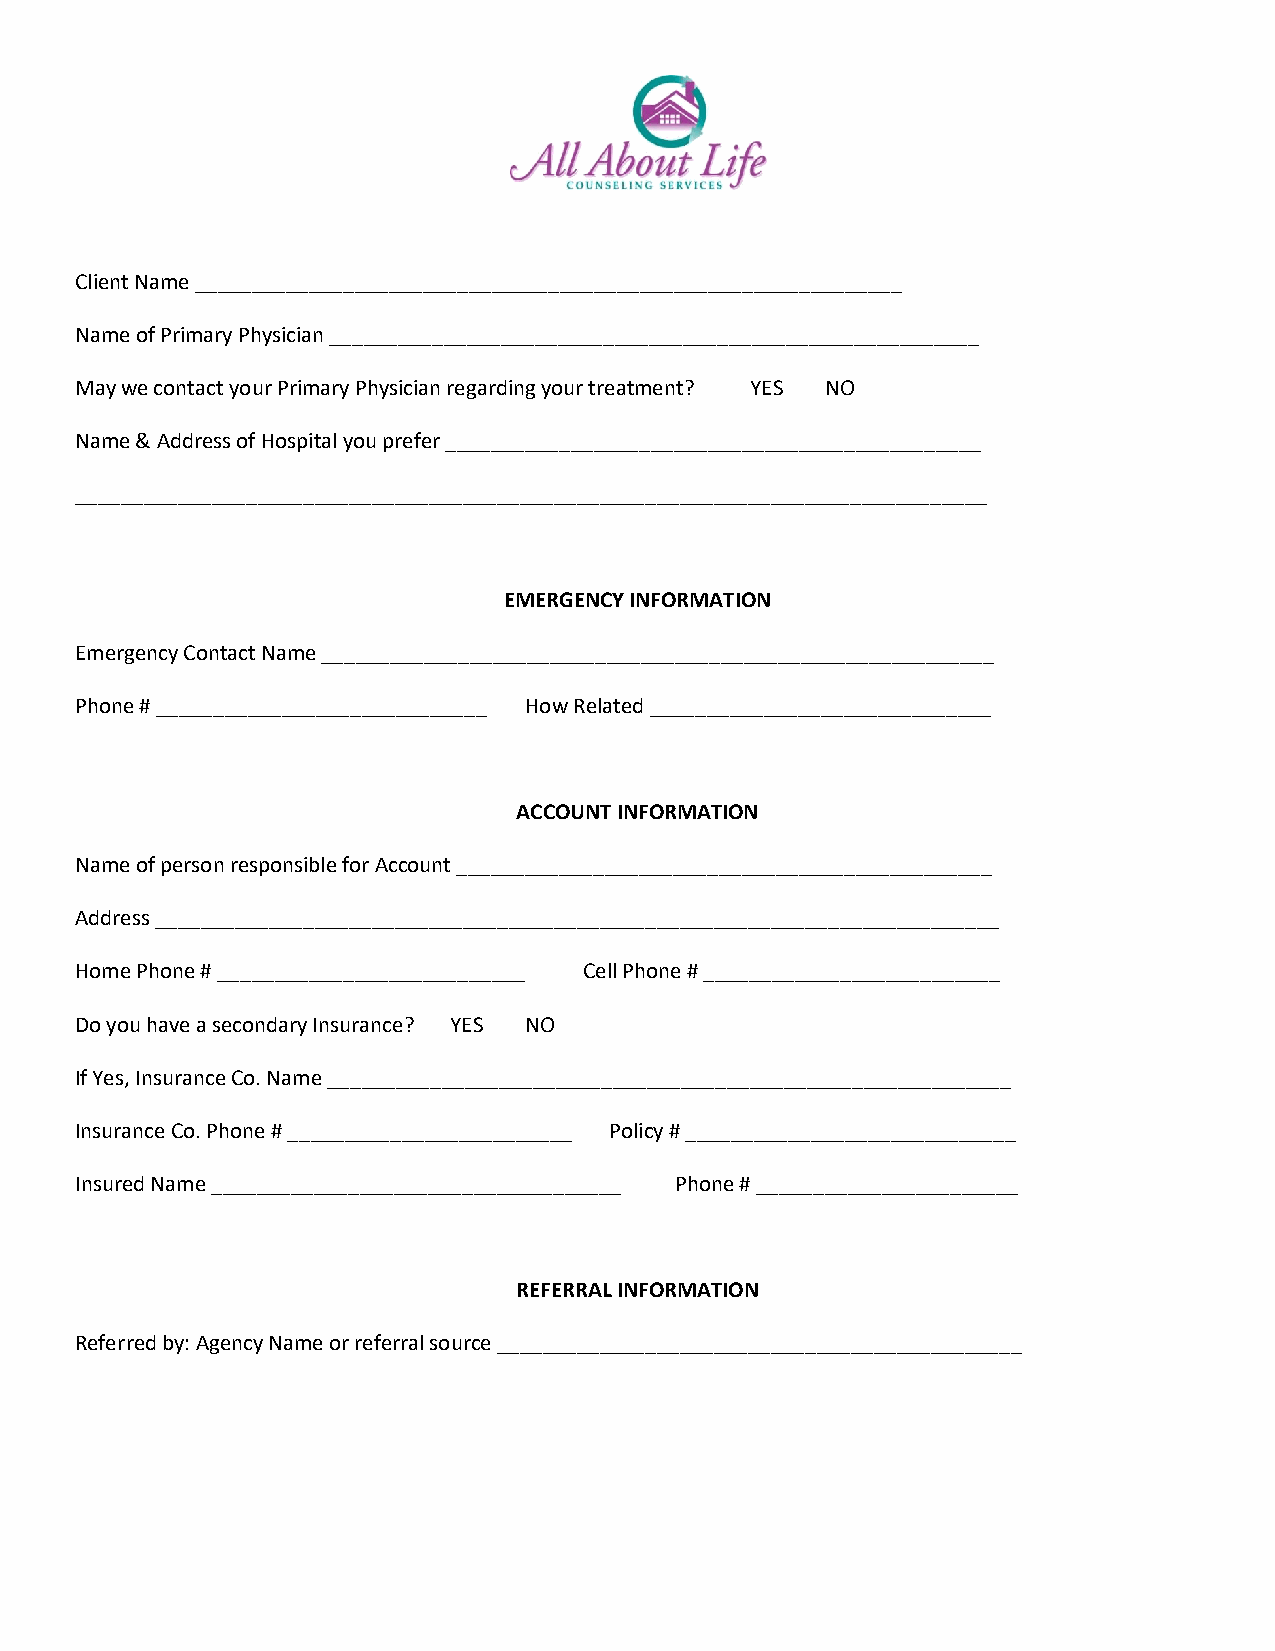
Client Name ______________________________________________________________
 Name of Primary Physician _________________________________________________________
 May we contact your Primary Physician regarding your treatment? YES NO
 Name & Address of Hospital you prefer _______________________________________________
 ________________________________________________________________________________
 EMERGENCY INFORMATION
 Emergency Contact Name ___________________________________________________________
 Phone # _____________________________ How Related ______________________________
 ACCOUNT INFORMATION
 Name of person responsible for Account _______________________________________________
 Address __________________________________________________________________________
 Home Phone # ___________________________ Cell Phone # __________________________
 Do you have a secondary Insurance? YES NO
 If Yes, Insurance Co. Name ____________________________________________________________
 Insurance Co. Phone # _________________________ Policy # _____________________________
 Insured Name ____________________________________ Phone # _______________________
 REFERRAL INFORMATION
 Referred by: Agency Name or referral source ______________________________________________